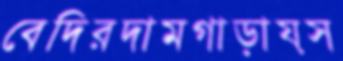
বেদিরদামগাড়ায়স